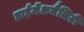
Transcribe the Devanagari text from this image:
डाईमेंशनैलिटी